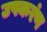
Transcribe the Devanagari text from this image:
उपकरंण